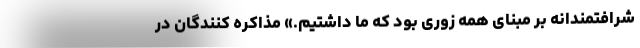
شرافتمندانه بر مبنای همه زوری بود که ما داشتیم.» مذاکره کنندگان در